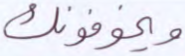
ويخوفونك